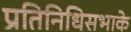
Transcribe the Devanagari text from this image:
प्रतिनिधिसभाके